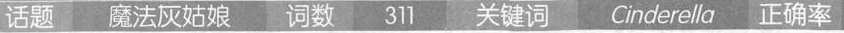
话题 魔法灰姑娘 词数 311 关键词 Cnderella 正确率